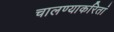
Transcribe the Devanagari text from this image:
चालण्याकरितां